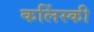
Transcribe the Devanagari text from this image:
कलिंस्की